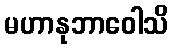
မဟာနုဘာဝေါသိ